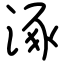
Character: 涿